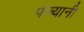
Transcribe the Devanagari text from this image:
पंज्यानी